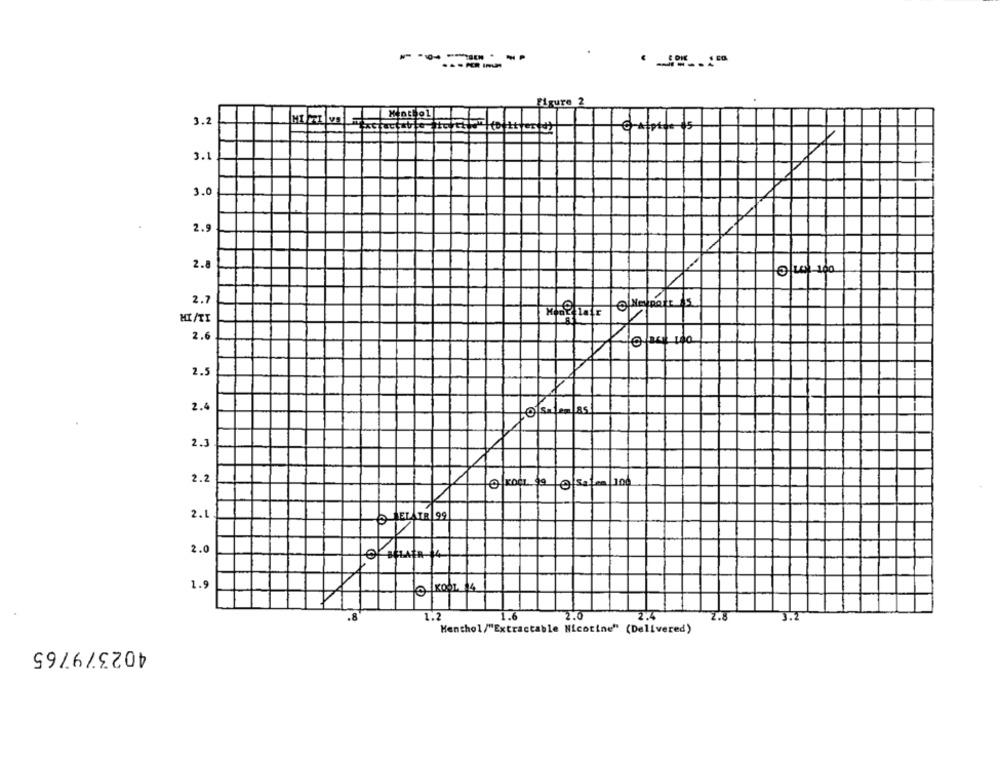
-------
Figure 2
3.2
3.1
3.0
2.9
2.8
Olun 100
2.7
MI/TI
2.6
2.5
2.4
2.3
2.2
KOC $9| |Sam 100
2.1
LELAIR 99
2.0
1.9
@ KOOL $4
.8
1.2
.6
2.0
2.8
3.2
Menthol/"Extractable Nicotine" (Delivered)
402379765